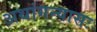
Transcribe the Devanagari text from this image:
अथांगन्यासः